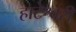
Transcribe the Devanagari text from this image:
हाटेश्वरी